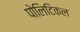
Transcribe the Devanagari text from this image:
पोलिटिकल